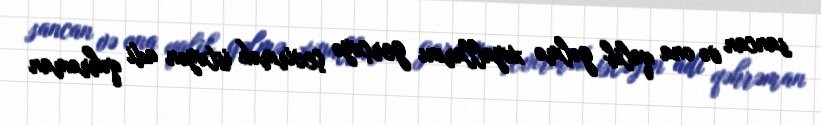
sancan və ona qalib gəlmə xəyallarını gerçəyə çevirmək istəyən adi qəhrəman